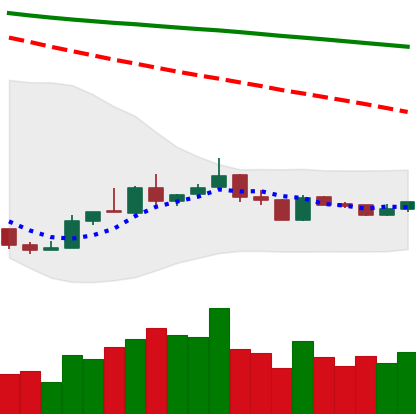
Ticker: XLM-USD
Chart end date: 2019-01-02
Forward return: 3.259%
Label: up_3_5